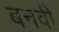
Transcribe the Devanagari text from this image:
बनवी